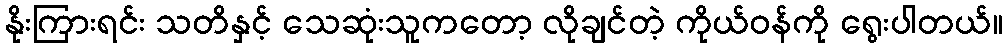
နိုးကြားရင်း သတိနှင့် သေဆုံးသူကတော့ လိုချင်တဲ့ ကိုယ်ဝန်ကို ရွေးပါတယ်။